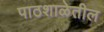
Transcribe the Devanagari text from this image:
पाठशाळेतील